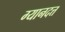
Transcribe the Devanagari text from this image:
ग्यानदत्त